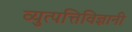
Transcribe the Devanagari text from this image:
व्युत्पत्तिविज्ञानी